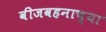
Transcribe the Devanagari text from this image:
वीजवहनाच्या